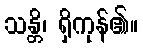
သန္တိ၊ ရှိကုန်၏။